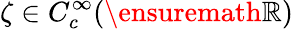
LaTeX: \zeta\in C_{c}^{\infty}(\ensuremath{\mathbb{R}})